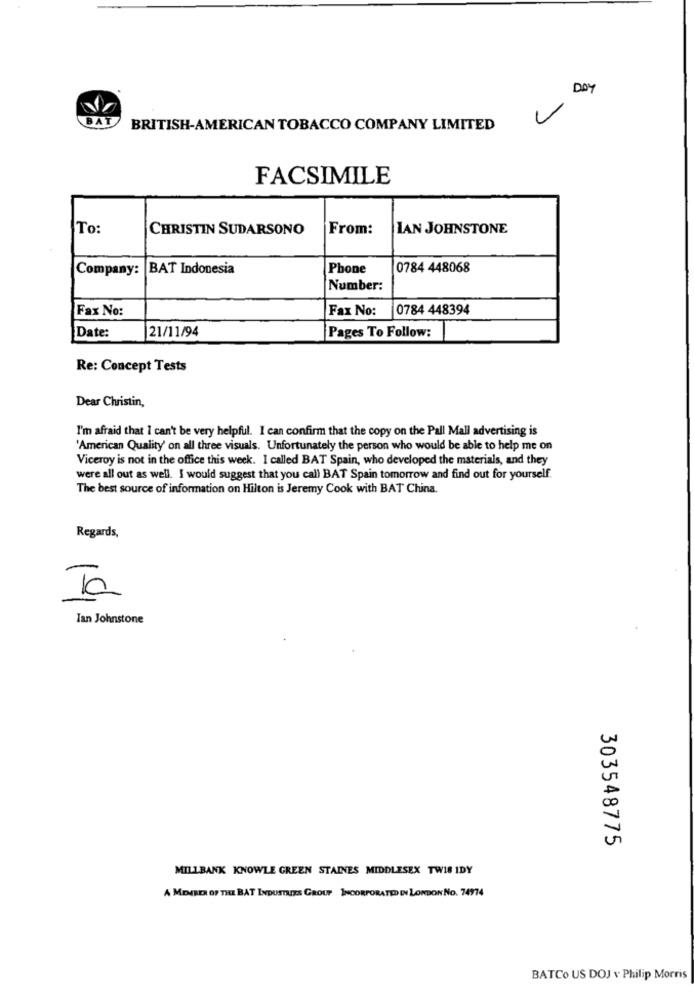
DAY
BAT
BRITISH-AMERICAN TOBACCO COMPANY LIMITED
FACSIMILE
To:
CHRISTIN SUDARSONO
From:
LAN JOHNSTONE
Company: BAT Indonesia
Phone
0784 448068
Number:
Fax No:
Fax No:
0784 448394
21/11/94
Date:
Pages To Follow:
Re: Concept Tests
Dear Christin,
I'm afraid that I can't be very helpful. I can confirm that the copy on the Pall Mall advertising is
'American Quality' on all three visuals. Unfortunately the person who would be able to help me on
Viceroy is not in the office this week. I called BAT Spain, who developed the materials, and they
were all out as well. I would suggest that you call BAT Spain tomorrow and find out for yourself.
The best source of information on Hilton is Jeremy Cook with BAT China.
Regards,
To
Ian Johnstone
303548775
MILLBANK KNOWLE GREEN STAINES MIDDLESEX TWIS IDY
A MEINER OF THE BAT INDUSTRIES GROUP INCORPORATED IN LONDON NO. 74974
BATCO US DOJ v Philip Morris